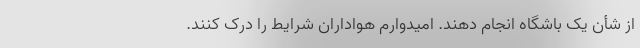
از شأن یک باشگاه انجام دهند. امیدوارم هواداران شرایط را درک کنند.